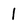
Character: 1